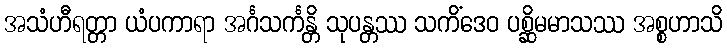
အသံဟီရတ္တာ ယံပကာရာ အင်္ဂသင်္ကန္တိ သုပန္တဿ သကိံဒေဝ ပစ္ဆိမမာသဿ အစ္စဟာသိ